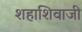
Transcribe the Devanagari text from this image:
शहाशिवाजी